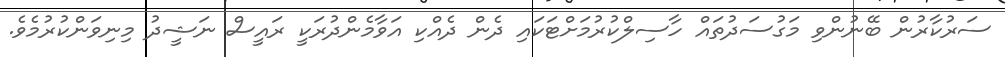
ސަރުކާރުން ބޭނުންވި މަގުސަދުތައް ހާސިލްކުރުމަށްޓަކައި ދެން ދެއްކި އަވާމެންދުރަކީ ރައީސް ނަޝީދު މިނިވަންކުރުމެވެ.